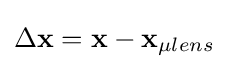
\Delta \mathbf {x} =\mathbf {x} -\mathbf {x} _{\mu lens}